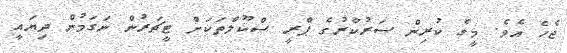
ޖެހެ އެވެ. މީގެ ކުރިން ސަރުކާރުގެ ޕްރީ ސްކޫލްތަކަށް ޓީޗަރުން ނަގަމުން ދިޔައީ